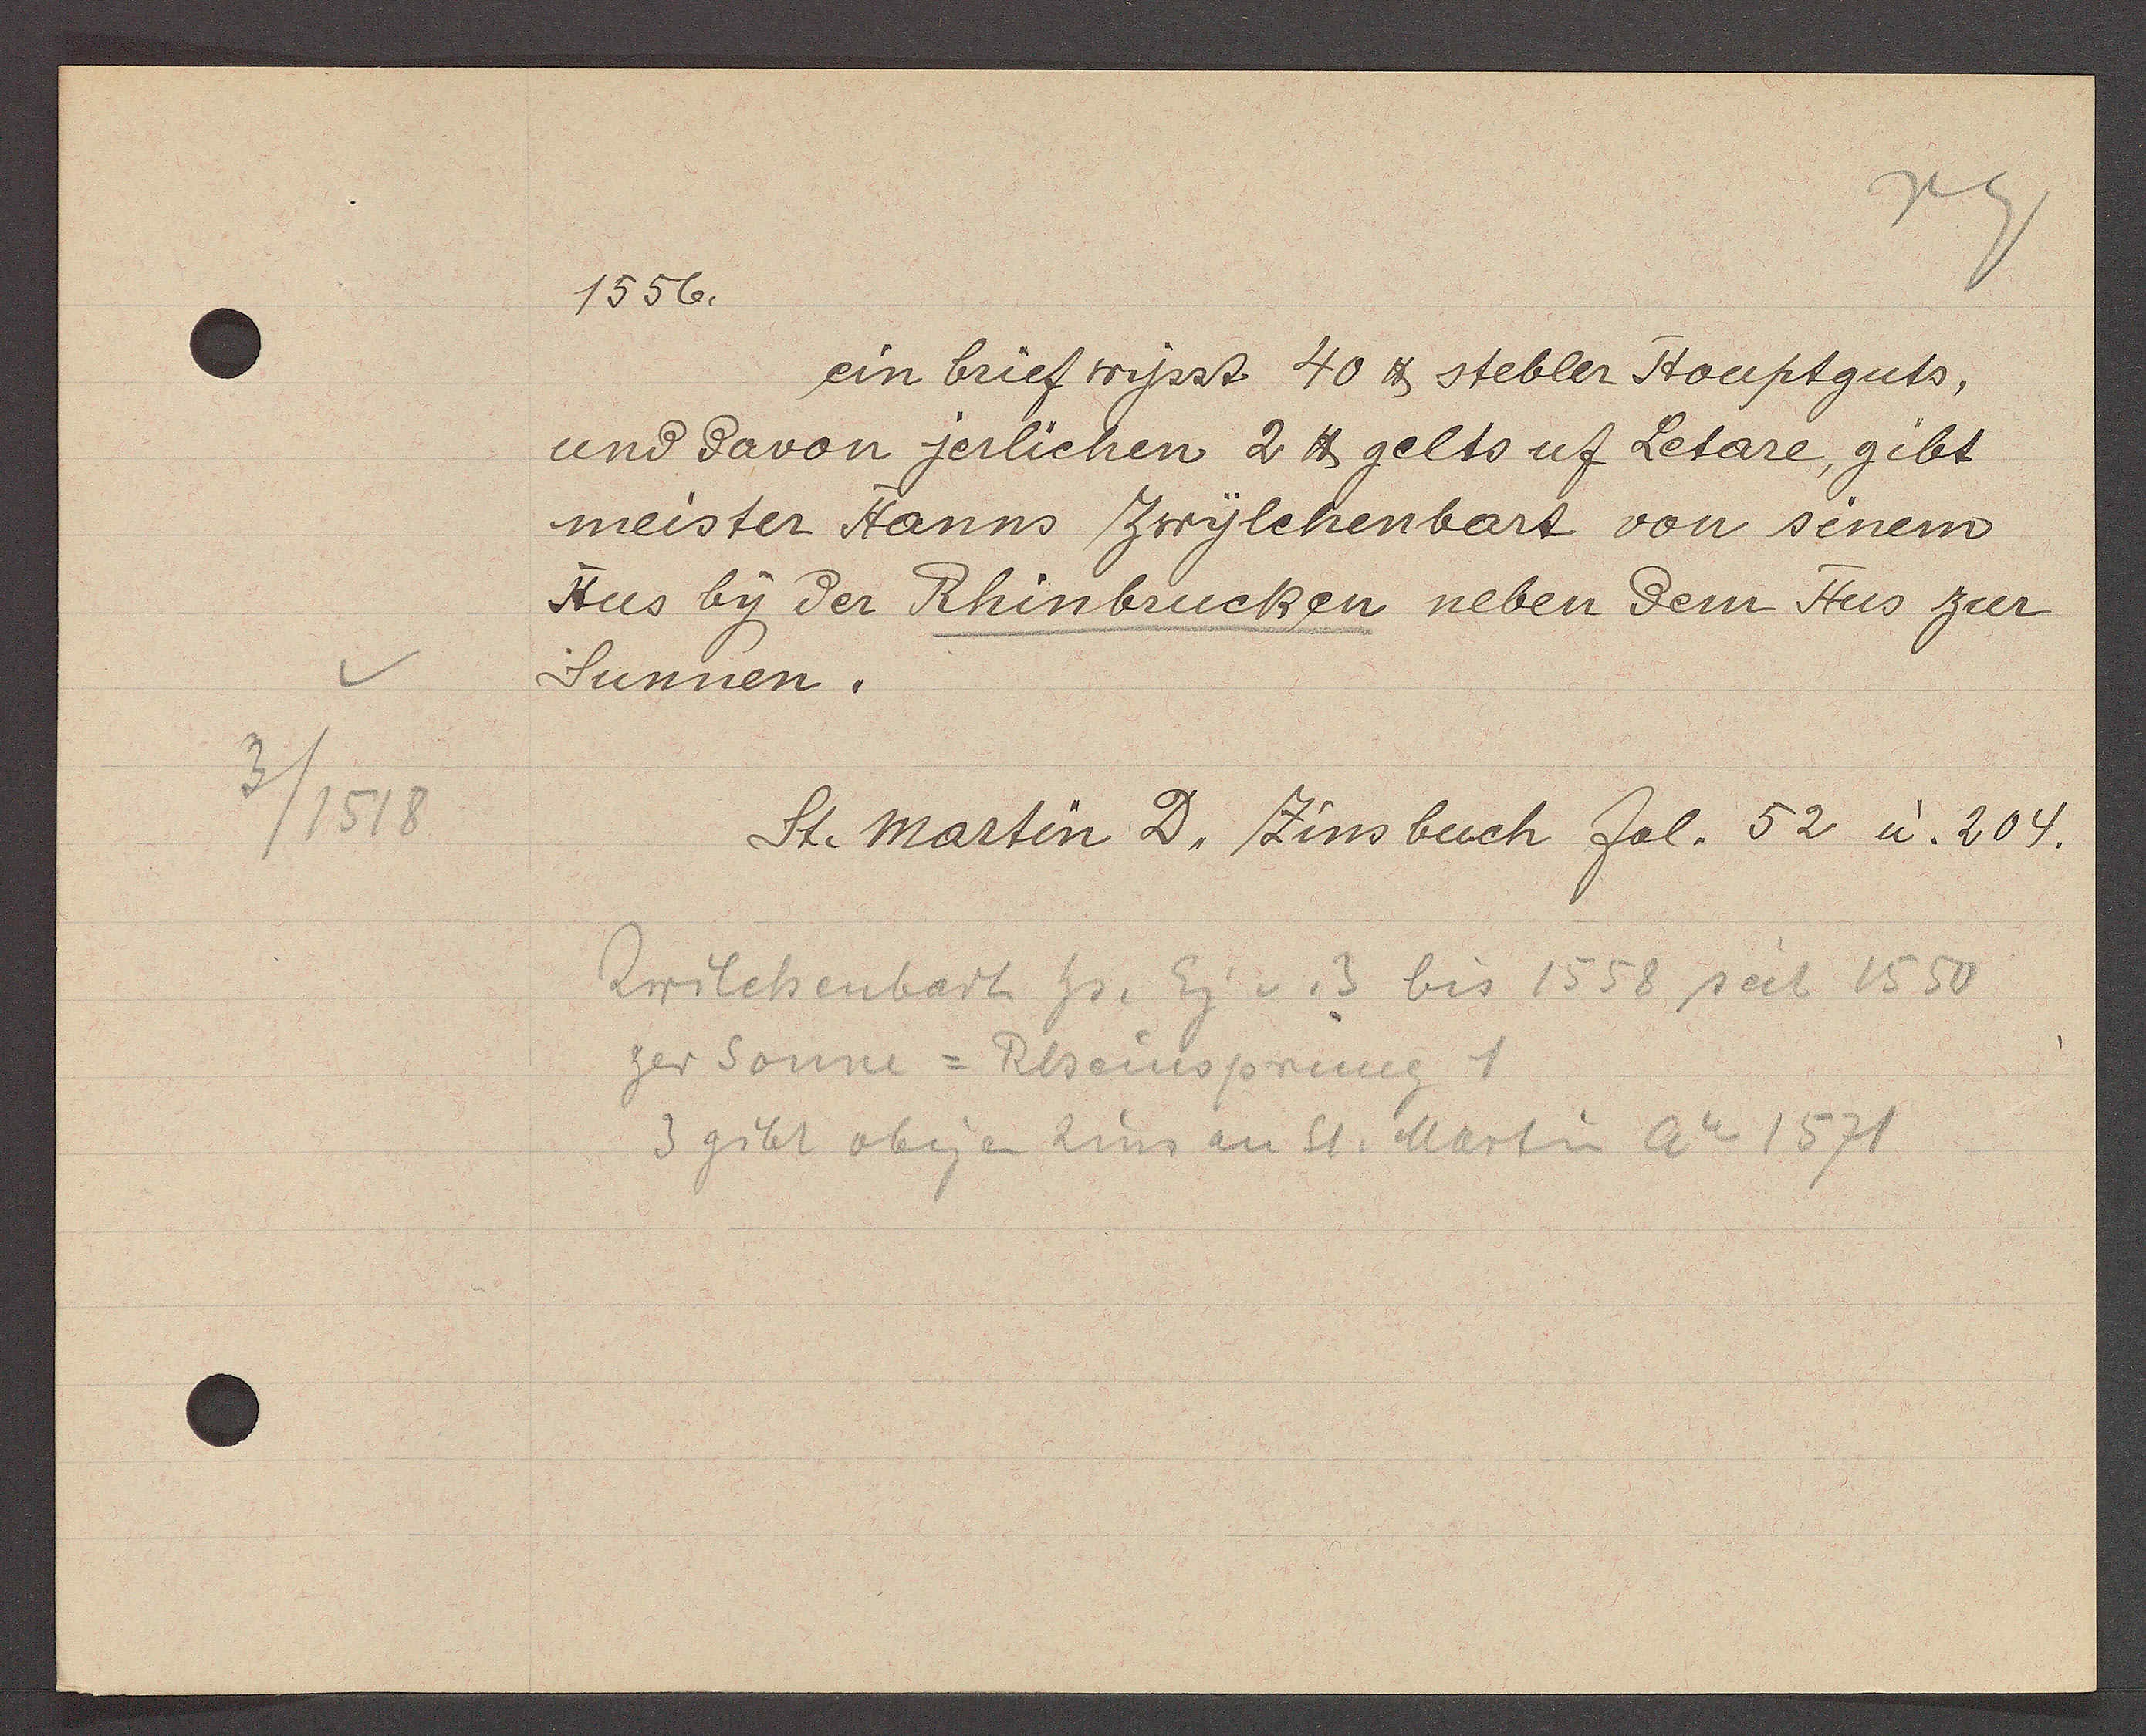
Transcript:
3/1518

1556.
ein brief wysst 40 ℔ stebler Houptguts,
und davon jerlichen 2 ℔ gelts uf Letare, gibt
meister Hanns Zwylchenbart von seinem
Hus by der Rhinbrucken neben dem Hus zur
Sunnen.
St. martin D. Zinsbuch fol. 52 u. 204
Zwilchenbart Hs. Eg v. 3 bis 1558 seit 1550
zer Sonne= Rheinsprung 1
3 gibt obigen Zins an St. Martin Ao 1571